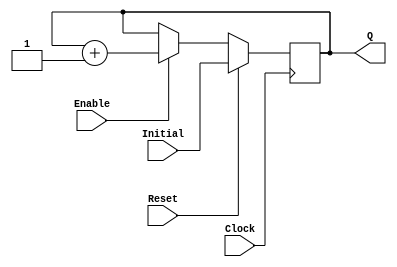
module UPCOUNTER_POSEDGE_1 
(
input wire Clock, Reset,
input wire [9:0] Initial,
input wire Enable,
output reg [ 9:0] Q
);
  always @(posedge Clock)
  begin
      if (Reset)
        Q <= Initial;
      else
		begin
		if (Enable)
			Q <= Q + 1;
		end			
  end
endmodule